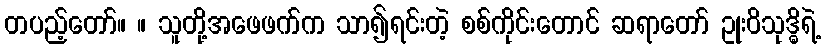
တပည့်တော်။ ။ သူတို့အဖေဖက်က သာ၍ရင်းတဲ့ စစ်ကိုင်းတောင် ဆရာတော် ဥုးဝိသုဒ္ဓိရဲ့